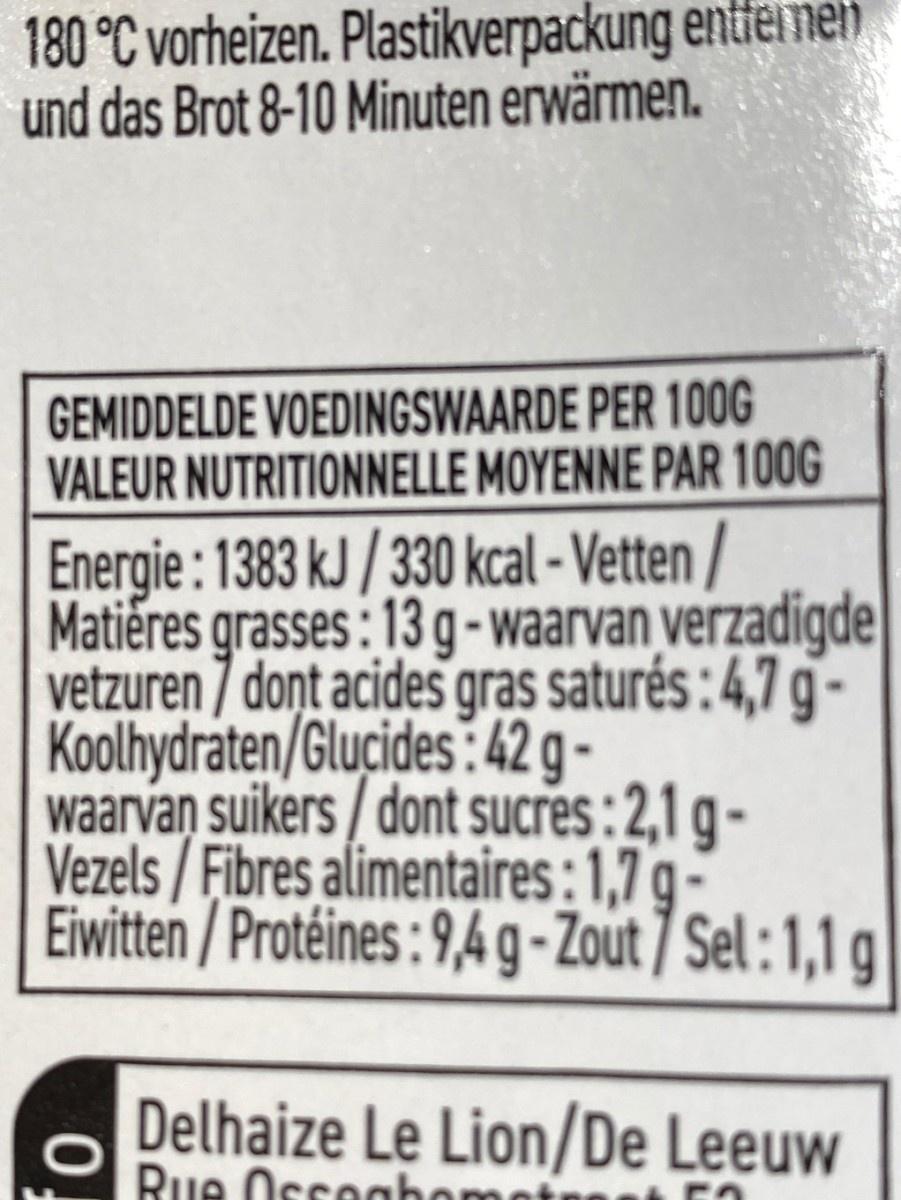
180 °C vorheizen. Plastikverpackung entfeimeh und das Brot 8-10 Minuten erwärmen.
GEMIDDELDE VOEDINGSWAARDE PER 100G VALEUR NUTRITIONNELLE MOYENNE PAR 100G
Energie: 1383 kJ / 330 kcal - Vetten / Matieres grasses : 13 g-waarvan verzadigde vetzuren 7 dont acides gras saturés: 4,7 g- Koolhydraten/Glucides:42 g - waarvan suikers / dont sucres : 2,1 g - Vezels/Fibres alimentaires:1,7 g - Eiwitten / Protéines: 9,4 g-Zout 7 Sel : 1,1 g
Delhaize Le Lion/De Leeuw Rue Oscooho
0.